Civil Veterinary Department. Madras. Admin. report 1926-33 - 1926-1933
Year: 1926
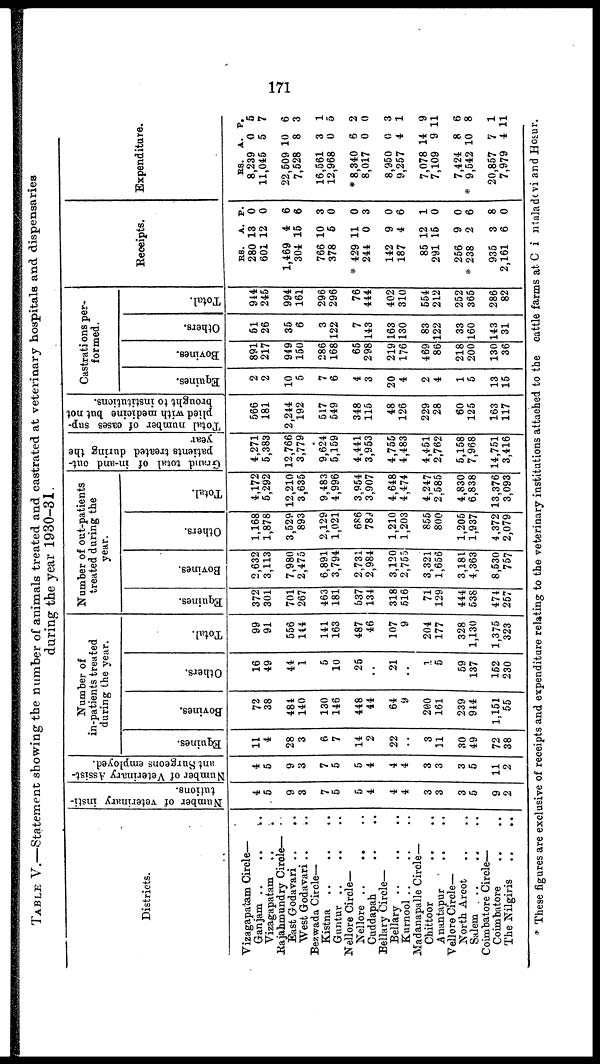
171
TABLE V.—Statement showing the number of animals treated and castrated at veterinary hospitals and dispensaries
during the year 1930-31.
Districts.
Vizagapatam Circle—
Ganjam ..
..
..
Vizagapatam .. ..
Rajahmundry Circle— ..
East Godavari ..
..
West Godavari .. ..
Bezwada Circle—
Kistna .. .. ..
Guntur .. .. ..
Nellore Circle—
Nellore ..
.. ..
Cuddapah .. ..
Bellary Circle—
Bellary
..
..
..
Kurnool .. .. ..
Madanapalle Circle—
Chittoor .. ..
Anantapur .. ..
Vellore Circle—
North Arcot .. ..
Salem .. .. ..
Coimbatore Circle—
Coimbatore .. ..
The Nilgiris .. ..
Number of veterinary insti-
tutions.
4
5
9
3
7
5
5
4
4
4
3
3
3
5
9
2
Number of Veterinary Assist-
ant Surgeons employed.
4
5
9
3
7
5
5
4
4
4
3
3
3
5
11
2
Number of
in-patients treated
during the year.
Equines.
11
4
28
3
6
7
14
2
22
..
3
11
30
49
72
38
Bovines.
72
38
484
140
130
146
448
44
64
9
200
161
239
914
1,151
55
Others.
16
49
44
1
5
10
25
..
21
..
1
5
59
137
152
230
Total.
99
91
556
144
141
163
487
46
107
9
204
177
328
1,130
1,375
323
Number of out-patients
treated during the
year.
Equines.
372
301
701
267
463
181
537
134
318
516
71
129
444
538
471
257
Bovines.
2,632
3,113
7,980
2,475
6,891
3,794
2,731
2,984
3,120
2,755
3,321
1,656
3,181
4,363
8,530
757
Others.
1,168
1,878
3,529
893
2,129
1,021
686
789
1,210
1,203
855
800
1,205
1,937
4,372
2,079
Total.
4,172
5,292
12,210
3,635
9,483
4,996
3,954
3,907
4,648
4,474
4,247
2,585
4,830
6,838
13,376
3,093
Grand total of in-and out-
patients treated during the
year
4,271
5,383
12,766
3,779
9,624
5,159
4,441
3,953
4,755
4,483
4,451
2,762
5,158
7,968
14,751
3,416
Total number of cases sup-
plied with medicine but not
brought to institutions.
566
181
2,244
192
517
549
348
115
48
126
229
28
60
125
163
117
Castrations per-
formed.
Equines.
2
2
10
5
7
6
4
3
20
4
2
4
1
5
13
15
Bovines.
891
217
949
150
286
168
65
298
219
176
469
86
218
200
130
36
Others.
51
26
35
6
3
122
7
143
163
130
83
122
33
160
143
31
Total.
914
245
994
161
296
296
76
444
402
310
554
212
252
365
286
82
Receipts.
RS.
280
601
1,469
304
766
378
* 429
244
142
187
85
291
256
* 238
935
2,161
A.
13
12
4
15
10
5
11
0
9
4
12
15
9
2
3
6
P.
0
0
6
6
3
0
0
3
0
6
1
0
0
6
8
0
Expenditure.
RS.
8,239
11,045
22,509
7,528
16,561
12,968
* 8,340
8,017
8,950
9,257
7,078
7,109
7,424
* 9,542
20,857
7,979
A.
0
5
10
8
3
0
6
0
0
4
14
9 1
8
10
7
4 1
P.
5
7
6
3
1
5
2
0
3
1
9
1
6
8
1
1
* These figures are exclusive of receipts and expenditure relating to the veterinary institutions attached to the cattle farms at C i ntaladovi and Hosur.